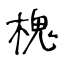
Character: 槐